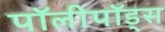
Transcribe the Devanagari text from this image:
पॉलीपॉड्स